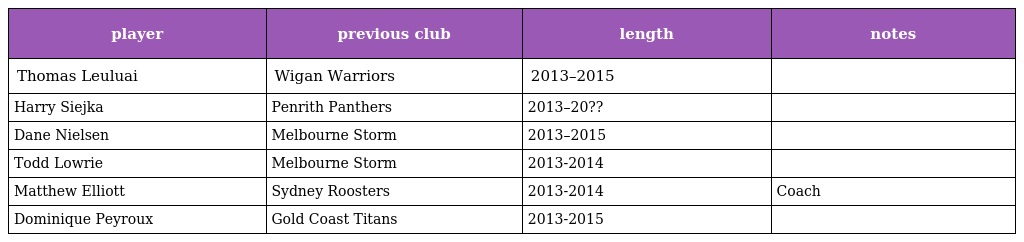
| player | previous club | length | notes |
 | --- | --- | --- | --- |
 | Thomas Leuluai | Wigan Warriors | 2013–2015 |  |
 | Harry Siejka | Penrith Panthers | 2013–20?? |  |
 | Dane Nielsen | Melbourne Storm | 2013–2015 |  |
 | Todd Lowrie | Melbourne Storm | 2013-2014 |  |
 | Matthew Elliott | Sydney Roosters | 2013-2014 | Coach |
 | Dominique Peyroux | Gold Coast Titans | 2013-2015 |  |